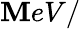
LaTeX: \mathbf{M}eV/